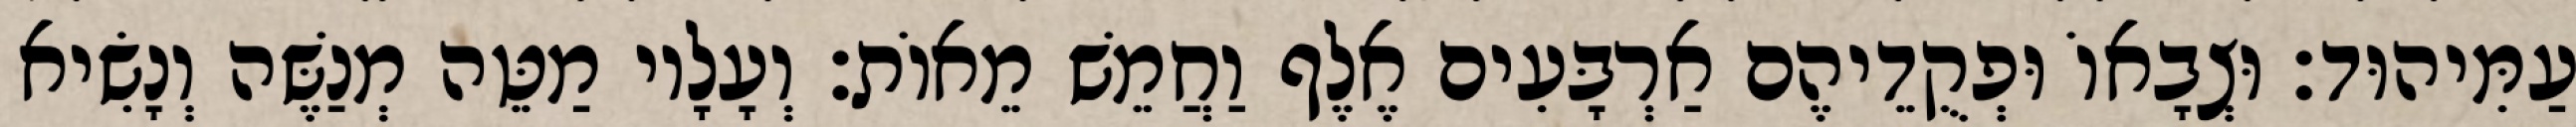
עַמִּיהוּד׃ וּצְבָאוֹ וּפְקֻדֵיהֶם אַרְבָּעִים אֶלֶף וַחֲמֵשׁ מֵאוֹת׃ וְעָלָיו מַטֵּה מְנַשֶּׁה וְנָשִׂיא